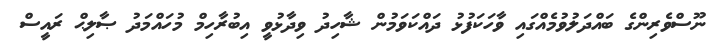
ނޫސްވެރިންގެ ބައްދަލުވުމެއްގައި ވާހަކަފުޅު ދައްކަވަމުން ޝާހިދު ވިދާޅުވީ އިބުރާހިމް މުހައްމަދު ޞާލިޙް ރައީސް